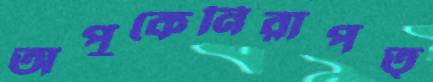
অপুকেনিরাপত্